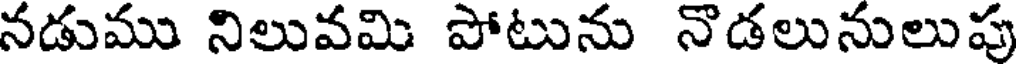
నడుము నిలువమి పోటును నొడలునులుపు